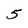
Character: 5